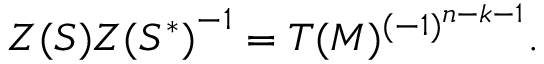
{ Z ( { \cal S } ) } { Z ( { \cal S } ^ { * } ) } ^ { - 1 } = T ( M ) ^ { ( - 1 ) ^ { n - k - 1 } } .